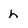
Character: h